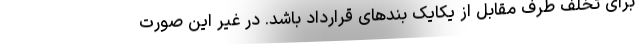
برای تخلف طرف مقابل از یکایک بندهای قرارداد باشد. در غیر این صورت